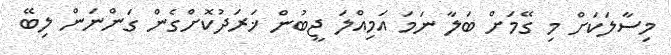
މިސާލަކަށް މި ގޭމަށް ބަލާ ނަމަ އަމިއްލަ ޖީބުން ޚަރަދުކޮށްގެން ގަންނަން ލިބޭ